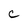
Character: c